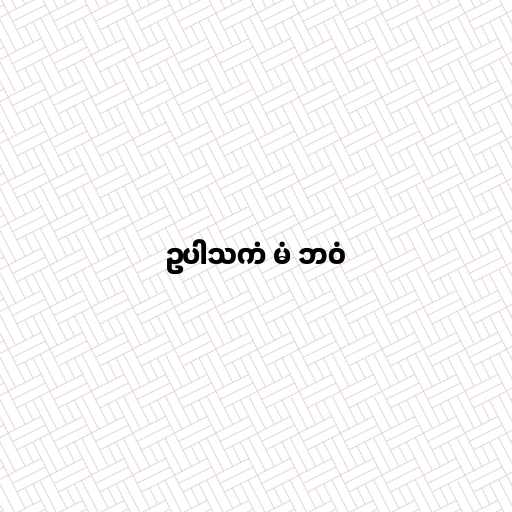
ဥပါသကံ မံ ဘဝံ